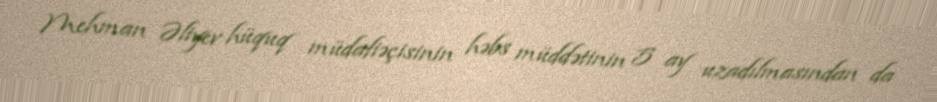
Mehman Əliyev hüquq müdafiəçisinin həbs müddətinin 5 ay uzadılmasından da